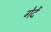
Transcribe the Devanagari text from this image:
गेदें